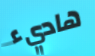
هاديء